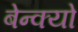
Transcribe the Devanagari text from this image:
बेन्क्यो